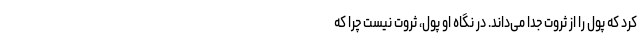
کرد که پول را از ثروت جدا می‌داند. در نگاه او پول، ثروت نیست چرا که